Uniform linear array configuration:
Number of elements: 48
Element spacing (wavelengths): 1
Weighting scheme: hamming
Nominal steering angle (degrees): -30
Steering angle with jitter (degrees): -28.205
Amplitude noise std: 0.05
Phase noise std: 0.05

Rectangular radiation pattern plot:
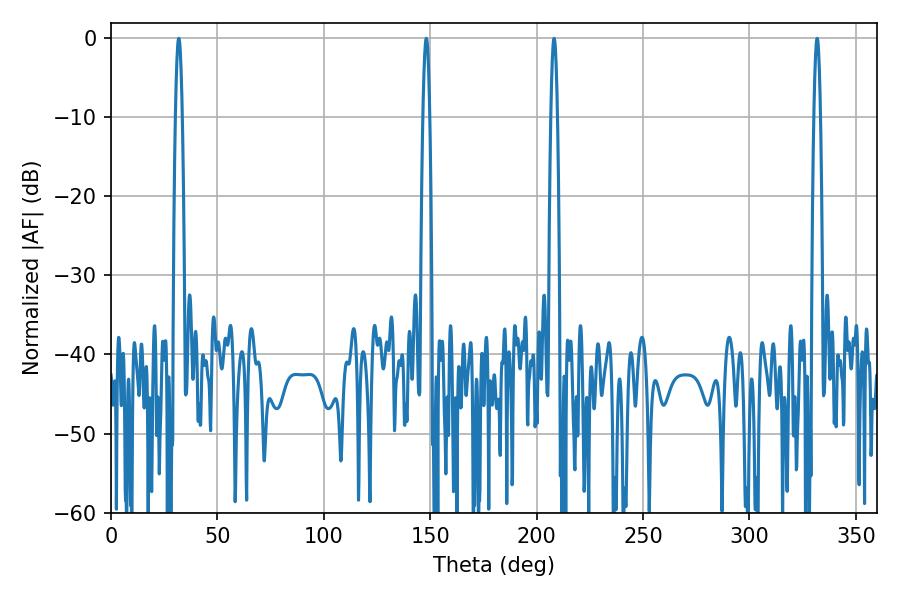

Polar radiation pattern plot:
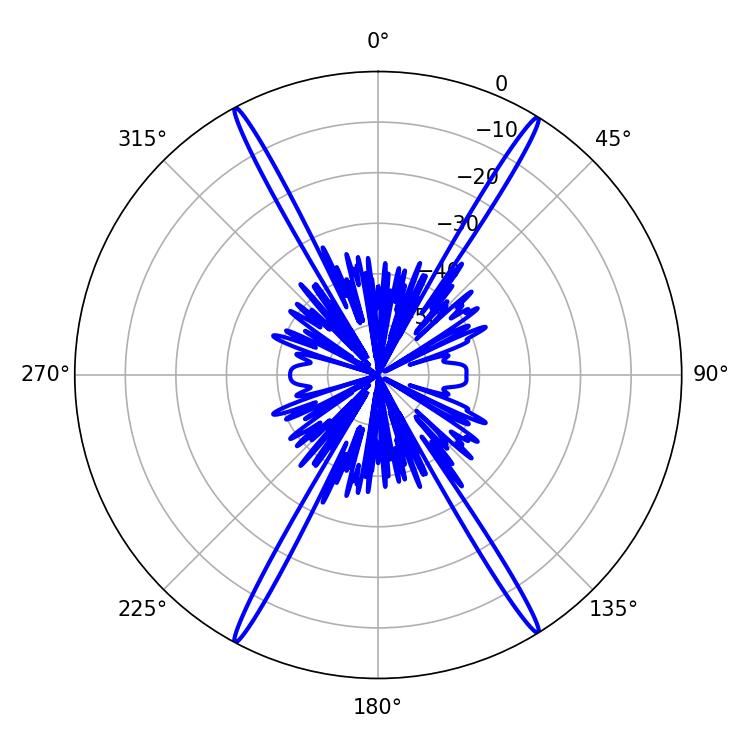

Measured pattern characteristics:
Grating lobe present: TRUE
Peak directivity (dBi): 26.063
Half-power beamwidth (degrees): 1.8
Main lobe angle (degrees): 31.86